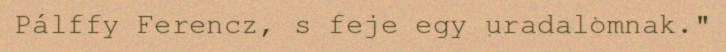
Pálffy Ferencz, s feje egy uradalomnak."